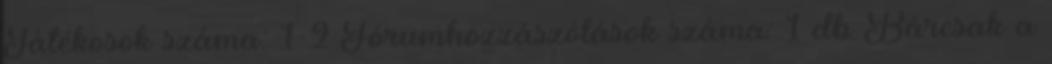
Játékosok száma: 1-2 Fórumhozzászólások száma: 1 db Bárcsak a